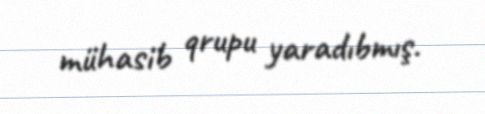
mühasib qrupu yaradıbmış.